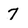
Character: 7